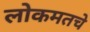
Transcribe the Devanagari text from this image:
लोकमतचे